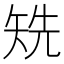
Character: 𥏌